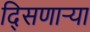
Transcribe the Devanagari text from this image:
दि्सणार्‍या